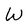
Character: W